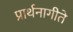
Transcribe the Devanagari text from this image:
प्रार्थनागीते